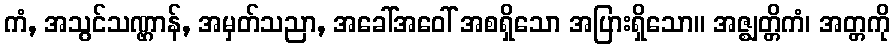
ကံ, အသွင်သဏ္ဌာန်, အမှတ်သညာ, အခေါ်အဝေါ် အစရှိသော အပြားရှိသော။ အဇ္ဈတ္တိကံ၊ အတ္တကို